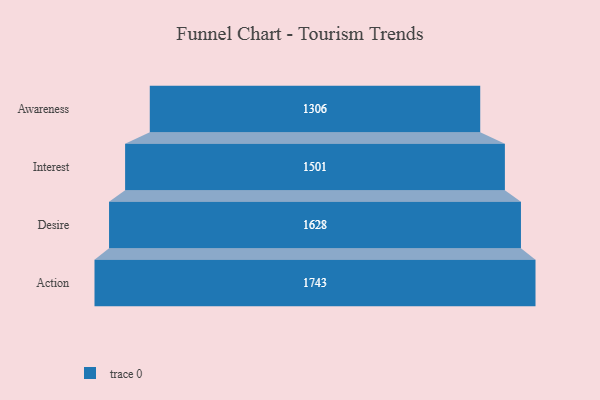
{"axis": {"x": "Stage", "y": "Value"}, "legend": [""], "data": [{"x": "Awareness", "y": 1306.0, "type": ""}, {"x": "Interest", "y": 1501.0, "type": ""}, {"x": "Desire", "y": 1628.0, "type": ""}, {"x": "Action", "y": 1743.0, "type": ""}]}